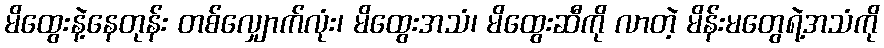
မိထွေးနဲ့နေတုန်း တစ်လျှောက်လုံး၊ မိထွေးအသံ၊ မိထွေးဆီကို လာတဲ့ မိန်းမတွေရဲ့အသံကို